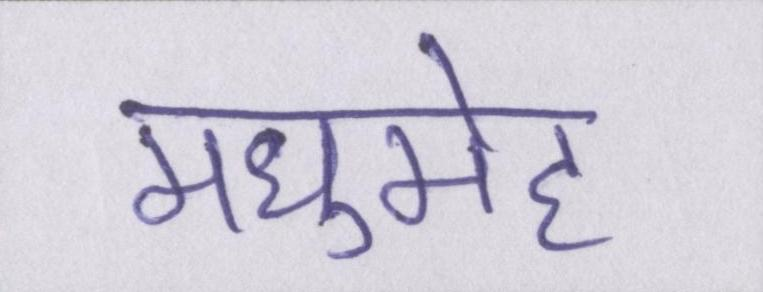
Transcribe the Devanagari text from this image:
मधुमेह